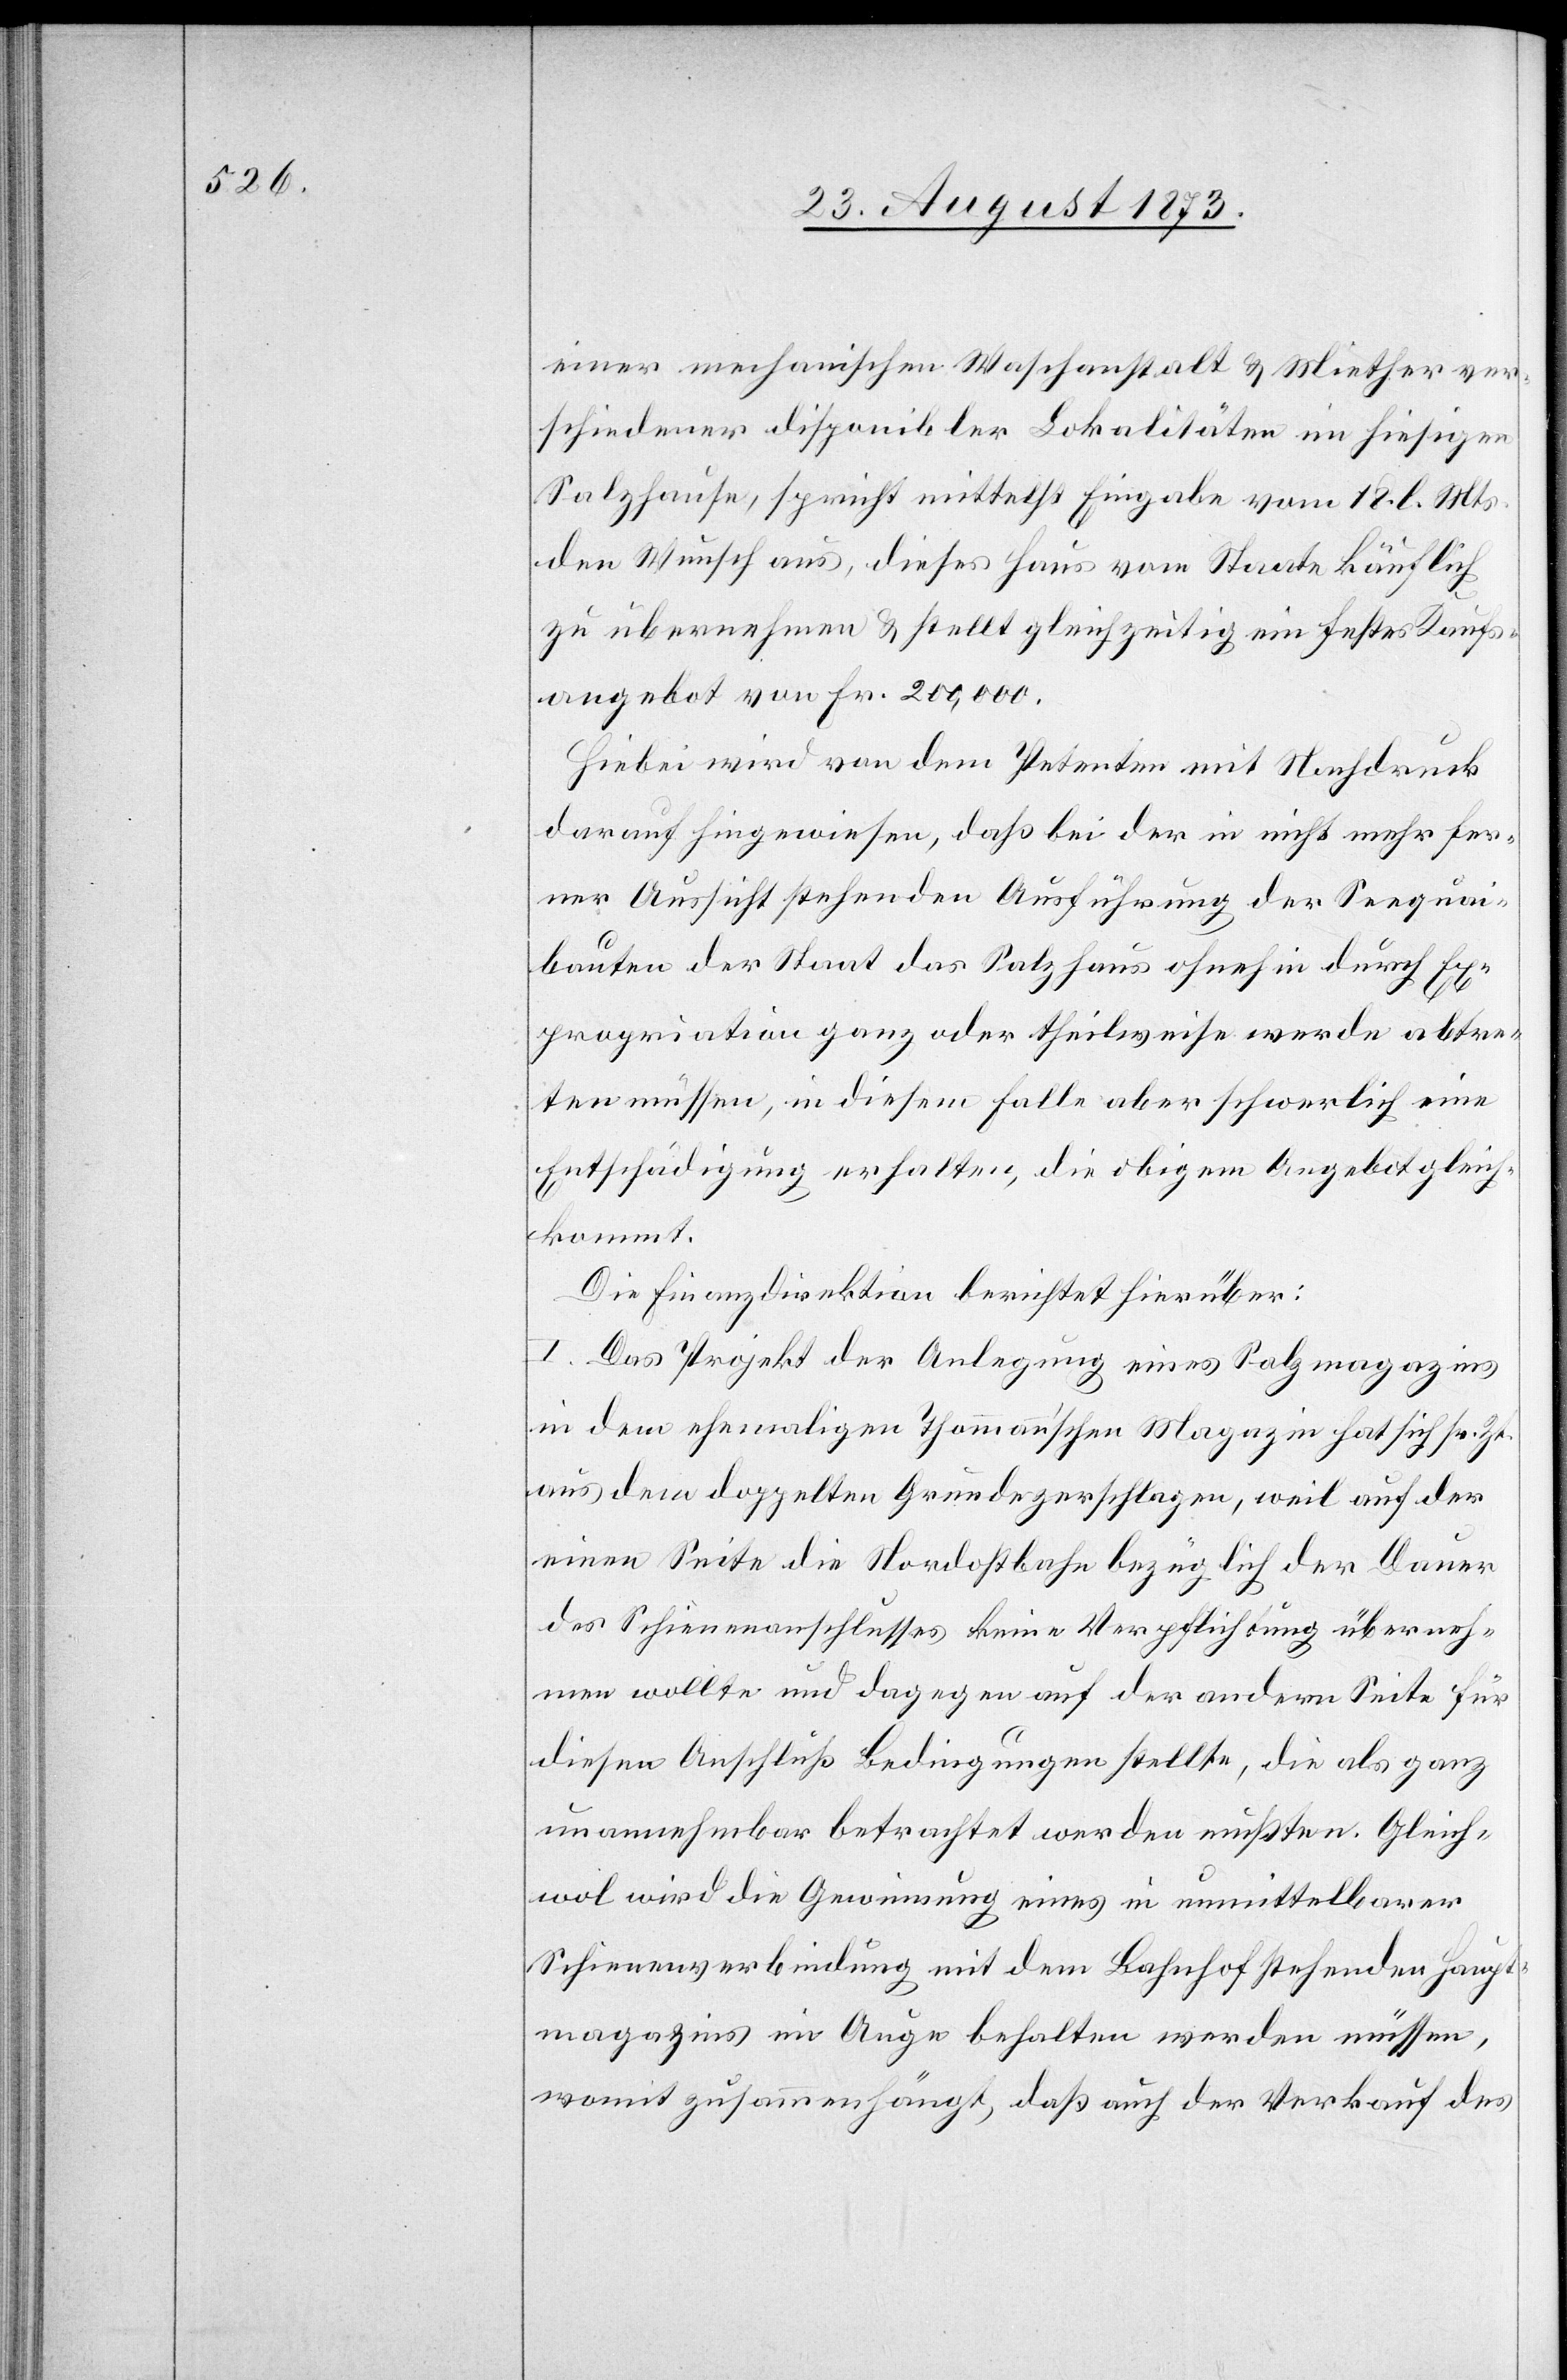
einer mechanischen Waschanstalt & Miether ver¬
schiedener disponibler Lokalitäten im hiesigen
Salzhause, spricht mittelst Eingabe vom 18. l. Mts.
den Wunsch aus, dieses Haus vom Staate käuflich
zu übernehmen & stellt gleichzeitig ein festes Kaufs¬
angebot von Fr. 200,000.
Hiebei wird von dem Petenten mit Nachdruck
darauf hingewiesen, daß bei der in nicht mehr fer¬
ner Aussicht stehenden Ausführung der Seequai¬
bauten der Staat das Salzhaus ohnehin durch Ex¬
propiration ganz oder theilweise werde abtre¬
ten müssen, in diesem Falle aber schwerlich eine
Entschädigung erhalten, die obigem Angebot gleich¬
kommt.
Die Finanzdirektion berichtet hierüber:
I. Das Projekt der Anlegung eines Salzmagazins
in dem ehemaligen Thommann’schen Magazin hat sich sr. Zt.
aus dem doppelten Grunde zerschlagen, weil auf der
einen Seite die Nordostbahn bezüglich der Dauer
des Schienenanschlusses keine Verpflichtung überneh¬
men wollte und dagegen auf der andern Seite für
diesen Anschluß Bedingungen stellte, die als ganz
unannehmbar betrachtet werden mußten. Gleich¬
wol wird die Gewinnung eines in unmittelbarer
Schienenverbindung mit dem Bahnhof stehenden Haupt¬
magazins im Auge behalten werden müssen,
womit zusammenhängt, daß auch der Verkauf des